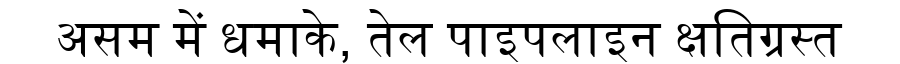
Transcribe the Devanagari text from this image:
असम में धमाके, तेल पाइपलाइन क्षतिग्रस्त